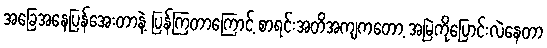
အခြေအနေပြန်အေးတာနဲ့ ပြန်ကြတာကြောင့် စာရင်းအတိအကျကတော့ အမြဲကိုပြောင်းလဲနေတာ